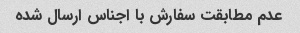
عدم مطابقت سفارش با اجناس ارسال شده